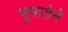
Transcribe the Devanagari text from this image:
भूमातेने